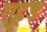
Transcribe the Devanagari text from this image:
एहूड